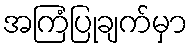
အကြံပြုချက်မှာ